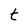
Character: t